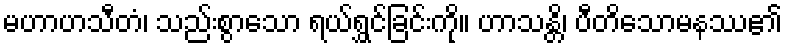
မဟာဟသီတံ၊ သည်းစွာသော ရယ်ရွှင်ခြင်းကို။ ဟာသန္တိ၊ ပီတိသောမနဿ၏